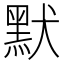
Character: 默